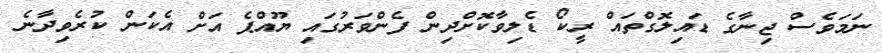
ނަމަވެސް ޖިނާގެ ޑައިލޮގްތައް ރީކޯ ޑެލިވާކޮށްދިން ފެންވަރުގައި ޔޫއްޕެ އަށް އެކަން ކުރެވިދާނެ